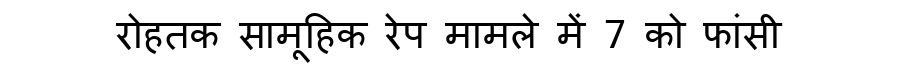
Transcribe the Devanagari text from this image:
रोहतक सामूहिक रेप मामले में 7 को फांसी